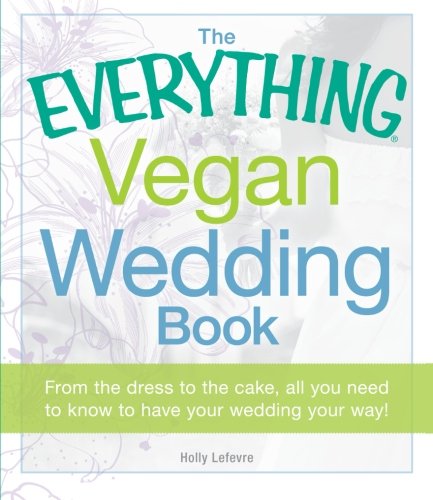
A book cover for The Everything Vegan Wedding Book: From the dress to the cake, all you need to know to have your wedding your way!; Holly Lefevre; Crafts, Hobbies & Home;